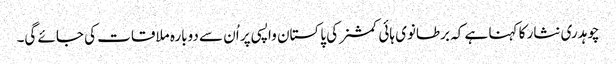
چوہدری نثار کا کہنا ہے کہ برطانوی ہائی کمشنر کی پاکستان واپسی پر اُن سے دوبارہ ملاقات کی جائے گی۔